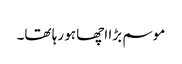
موسم بڑا اچھا ہو رہا تھا۔